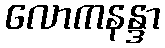
လောကနန္ဒာ